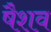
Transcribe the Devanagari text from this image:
षैशव